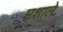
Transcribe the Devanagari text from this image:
मशाले